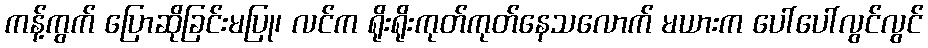
ကန့်ကွက် ပြောဆိုခြင်းမပြု၊ လင်က ရိုးရိုးကုတ်ကုတ်နေသလောက် မယားက ပေါ်ပေါ်လွင်လွင်